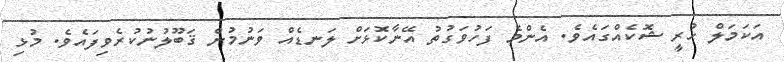
އަކަމަލް ހުރީ ޝޮކެއްގައެވެ. އެންމެ ފަހުވަގުތު އޭނާކޮޅަށް ލަނޑެއް ވަނުމުން ޤަބޫލުނުކުރެވިފައެވެ. މުޅި